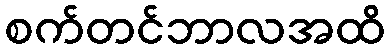
စက်တင်ဘာလအထိ